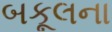
બકૂલના